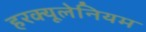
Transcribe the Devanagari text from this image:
हरक्यूलेनियम